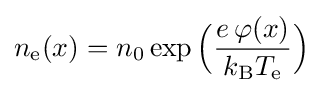
n_{\mathrm {e} }(x)=n_{0}\exp {\Big (}{\frac {e\,\varphi (x)}{k_{\mathrm {B} }T_{\mathrm {e} }}}{\Big )}